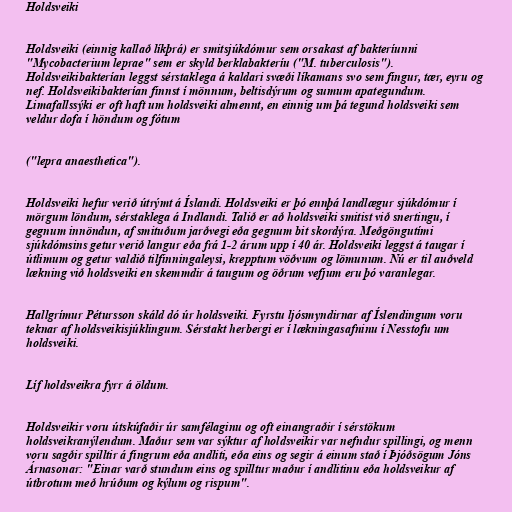
Holdsveiki

Holdsveiki (einnig kallað líkþrá) er smitsjúkdómur sem orsakast af bakteríunni
"Mycobacterium leprae" sem er skyld berklabakteríu ("M. tuberculosis").
Holdsveikibakterían leggst sérstaklega á kaldari svæði líkamans svo sem fingur, tær, eyru og
nef. Holdsveikibakterían finnst í mönnum, beltisdýrum og sumum apategundum.
Limafallssýki er oft haft um holdsveiki almennt, en einnig um þá tegund holdsveiki sem
veldur dofa í höndum og fótum

("lepra anaesthetica").

Holdsveiki hefur verið útrýmt á Íslandi. Holdsveiki er þó ennþá landlægur sjúkdómur í
mörgum löndum, sérstaklega á Indlandi. Talið er að holdsveiki smitist við snertingu, í
gegnum innöndun, af smituðum jarðvegi eða gegnum bit skordýra. Meðgöngutími
sjúkdómsins getur verið langur eða frá 1-2 árum upp í 40 ár. Holdsveiki leggst á taugar í
útlimum og getur valdið tilfinningaleysi, krepptum vöðvum og lömunum. Nú er til auðveld
lækning við holdsveiki en skemmdir á taugum og öðrum vefjum eru þó varanlegar.

Hallgrímur Pétursson skáld dó úr holdsveiki. Fyrstu ljósmyndirnar af Íslendingum voru
teknar af holdsveikisjúklingum. Sérstakt herbergi er í lækningasafninu í Nesstofu um
holdsveiki.

Líf holdsveikra fyrr á öldum.

Holdsveikir voru útskúfaðir úr samfélaginu og oft einangraðir í sérstökum
holdsveikranýlendum. Maður sem var sýktur af holdsveikir var nefndur spillingi, og menn
voru sagðir spilltir á fingrum eða andliti, eða eins og segir á einum stað í Þjóðsögum Jóns
Árnasonar: "Einar varð stundum eins og spilltur maður í andlitinu eða holdsveikur af
útbrotum með hrúðum og kýlum og rispum".